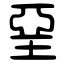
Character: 堊